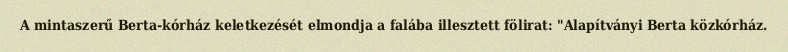
A mintaszerű Berta-kórház keletkezését elmondja a falába illesztett fölirat: "Alapítványi Berta közkórház.